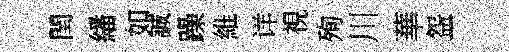
閏繙如誠躁維详視殉川華盌